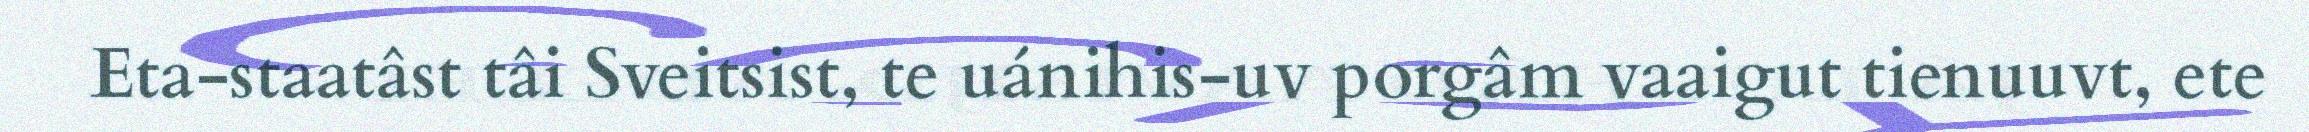
Eta-staatâst tâi Sveitsist, te uánihis-uv porgâm vaaigut tienuuvt, ete